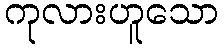
ကုလားဟူသော